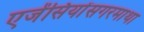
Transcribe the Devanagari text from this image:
एजेंसियोंसगरमाथा